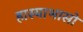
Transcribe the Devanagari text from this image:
हास्याभासो